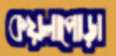
কয়লাপোড়া